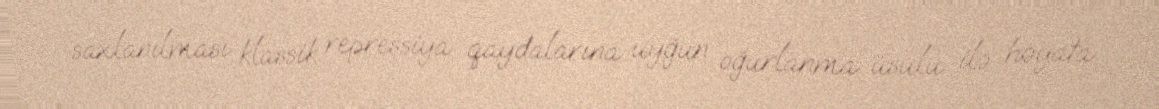
saxlanılması klassik repressiya qaydalarına uyğun oğurlanma üsulu ilə həyata